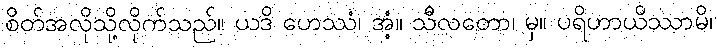
စိတ်အလိုသို့လိုက်သည်။ ယဒိ ဟေဿံ၊ အံ့။ သီလတော၊ မှ။ ပရိဟာယိဿာမိ၊